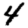
Digit: 4